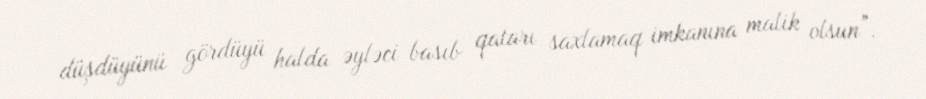
düşdüyünü gördüyü halda əyləci basıb qatarı saxlamaq imkanına malik olsun”.